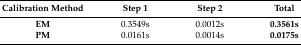
<table><thead><tr><td><b>Calibration Method</b></td><td><b>Step 1</b></td><td><b>Step 2</b></td><td><b>Total</b></td></tr></thead><tbody><tr><td><b>EM</b></td><td>0.3549s</td><td>0.0012s</td><td><b>0.3561s</b></td></tr><tr><td><b>PM</b></td><td>0.0161s</td><td>0.0014s</td><td><b>0.0175s</b></td></tr></tbody></table>